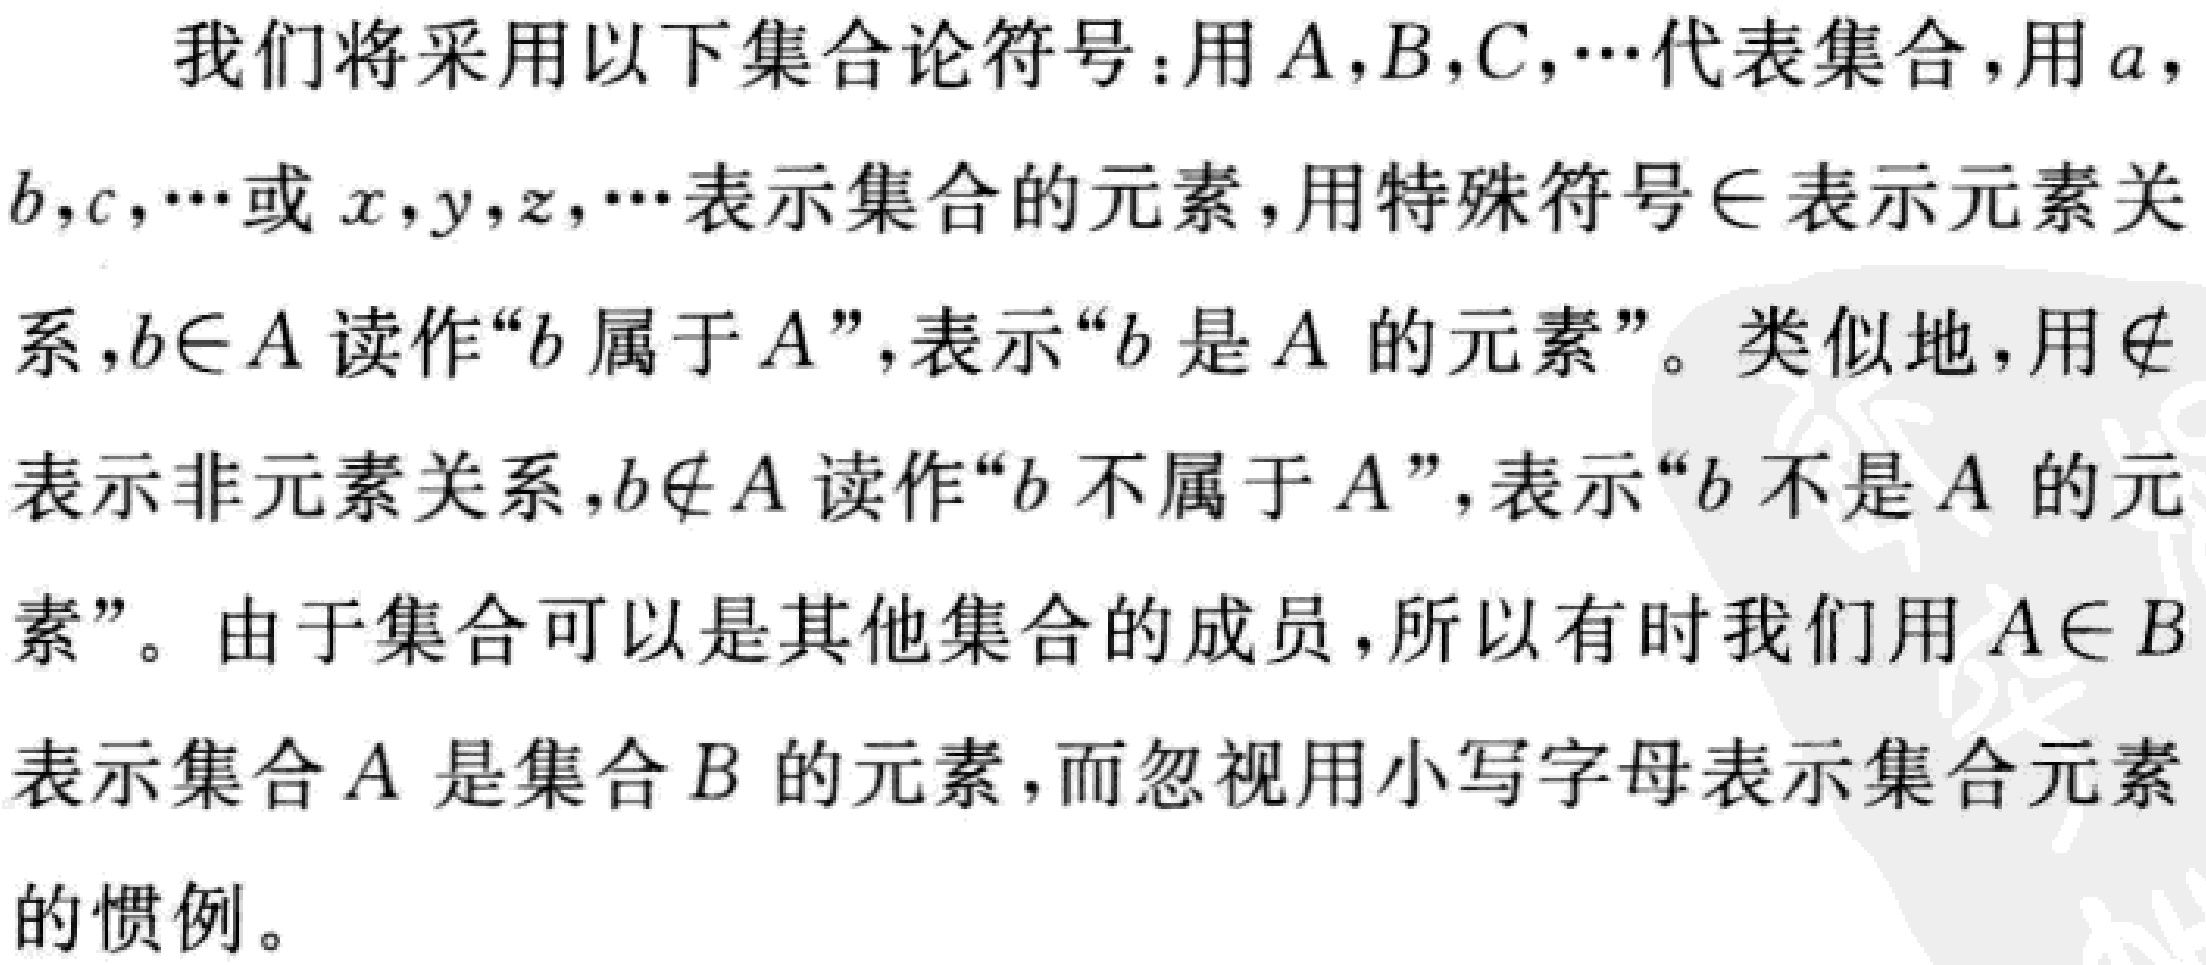
我们将采用以下集合论符号：用\(A,B,C,\cdots\)代表集合，用\(a,b,c,\cdots\)或\(x,y,z,\cdots\)表示集合的元素，用特殊符号\(\in\)表示元素关系，\(b\in A\)读作“\(b\)属于\(A\)”，表示“\(b\)是\(A\)的元素”。类似地，用\(\notin\)表示非元素关系，\(b\notin A\)读作“\(b\)不属于\(A\)”，表示“\(b\)不是\(A\)的元素”。由于集合可以是其他集合的成员，所以有时我们用\(A\in B\)表示集合\(A\)是集合\(B\)的元素，而忽视用小写字母表示集合元素的惯例。